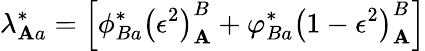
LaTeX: \lambda_{\mathbf{A}a}^{*}=\left[\phi_{Ba}^{*}\left(\epsilon^{2}\right)_{\mathbf{A}}^{B}+\varphi_{Ba}^{*}\left(1-\epsilon^{2}\right)_{\mathbf{A}}^{B}\right]